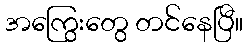
အကြွေးတွေ တင်နေပြီ။